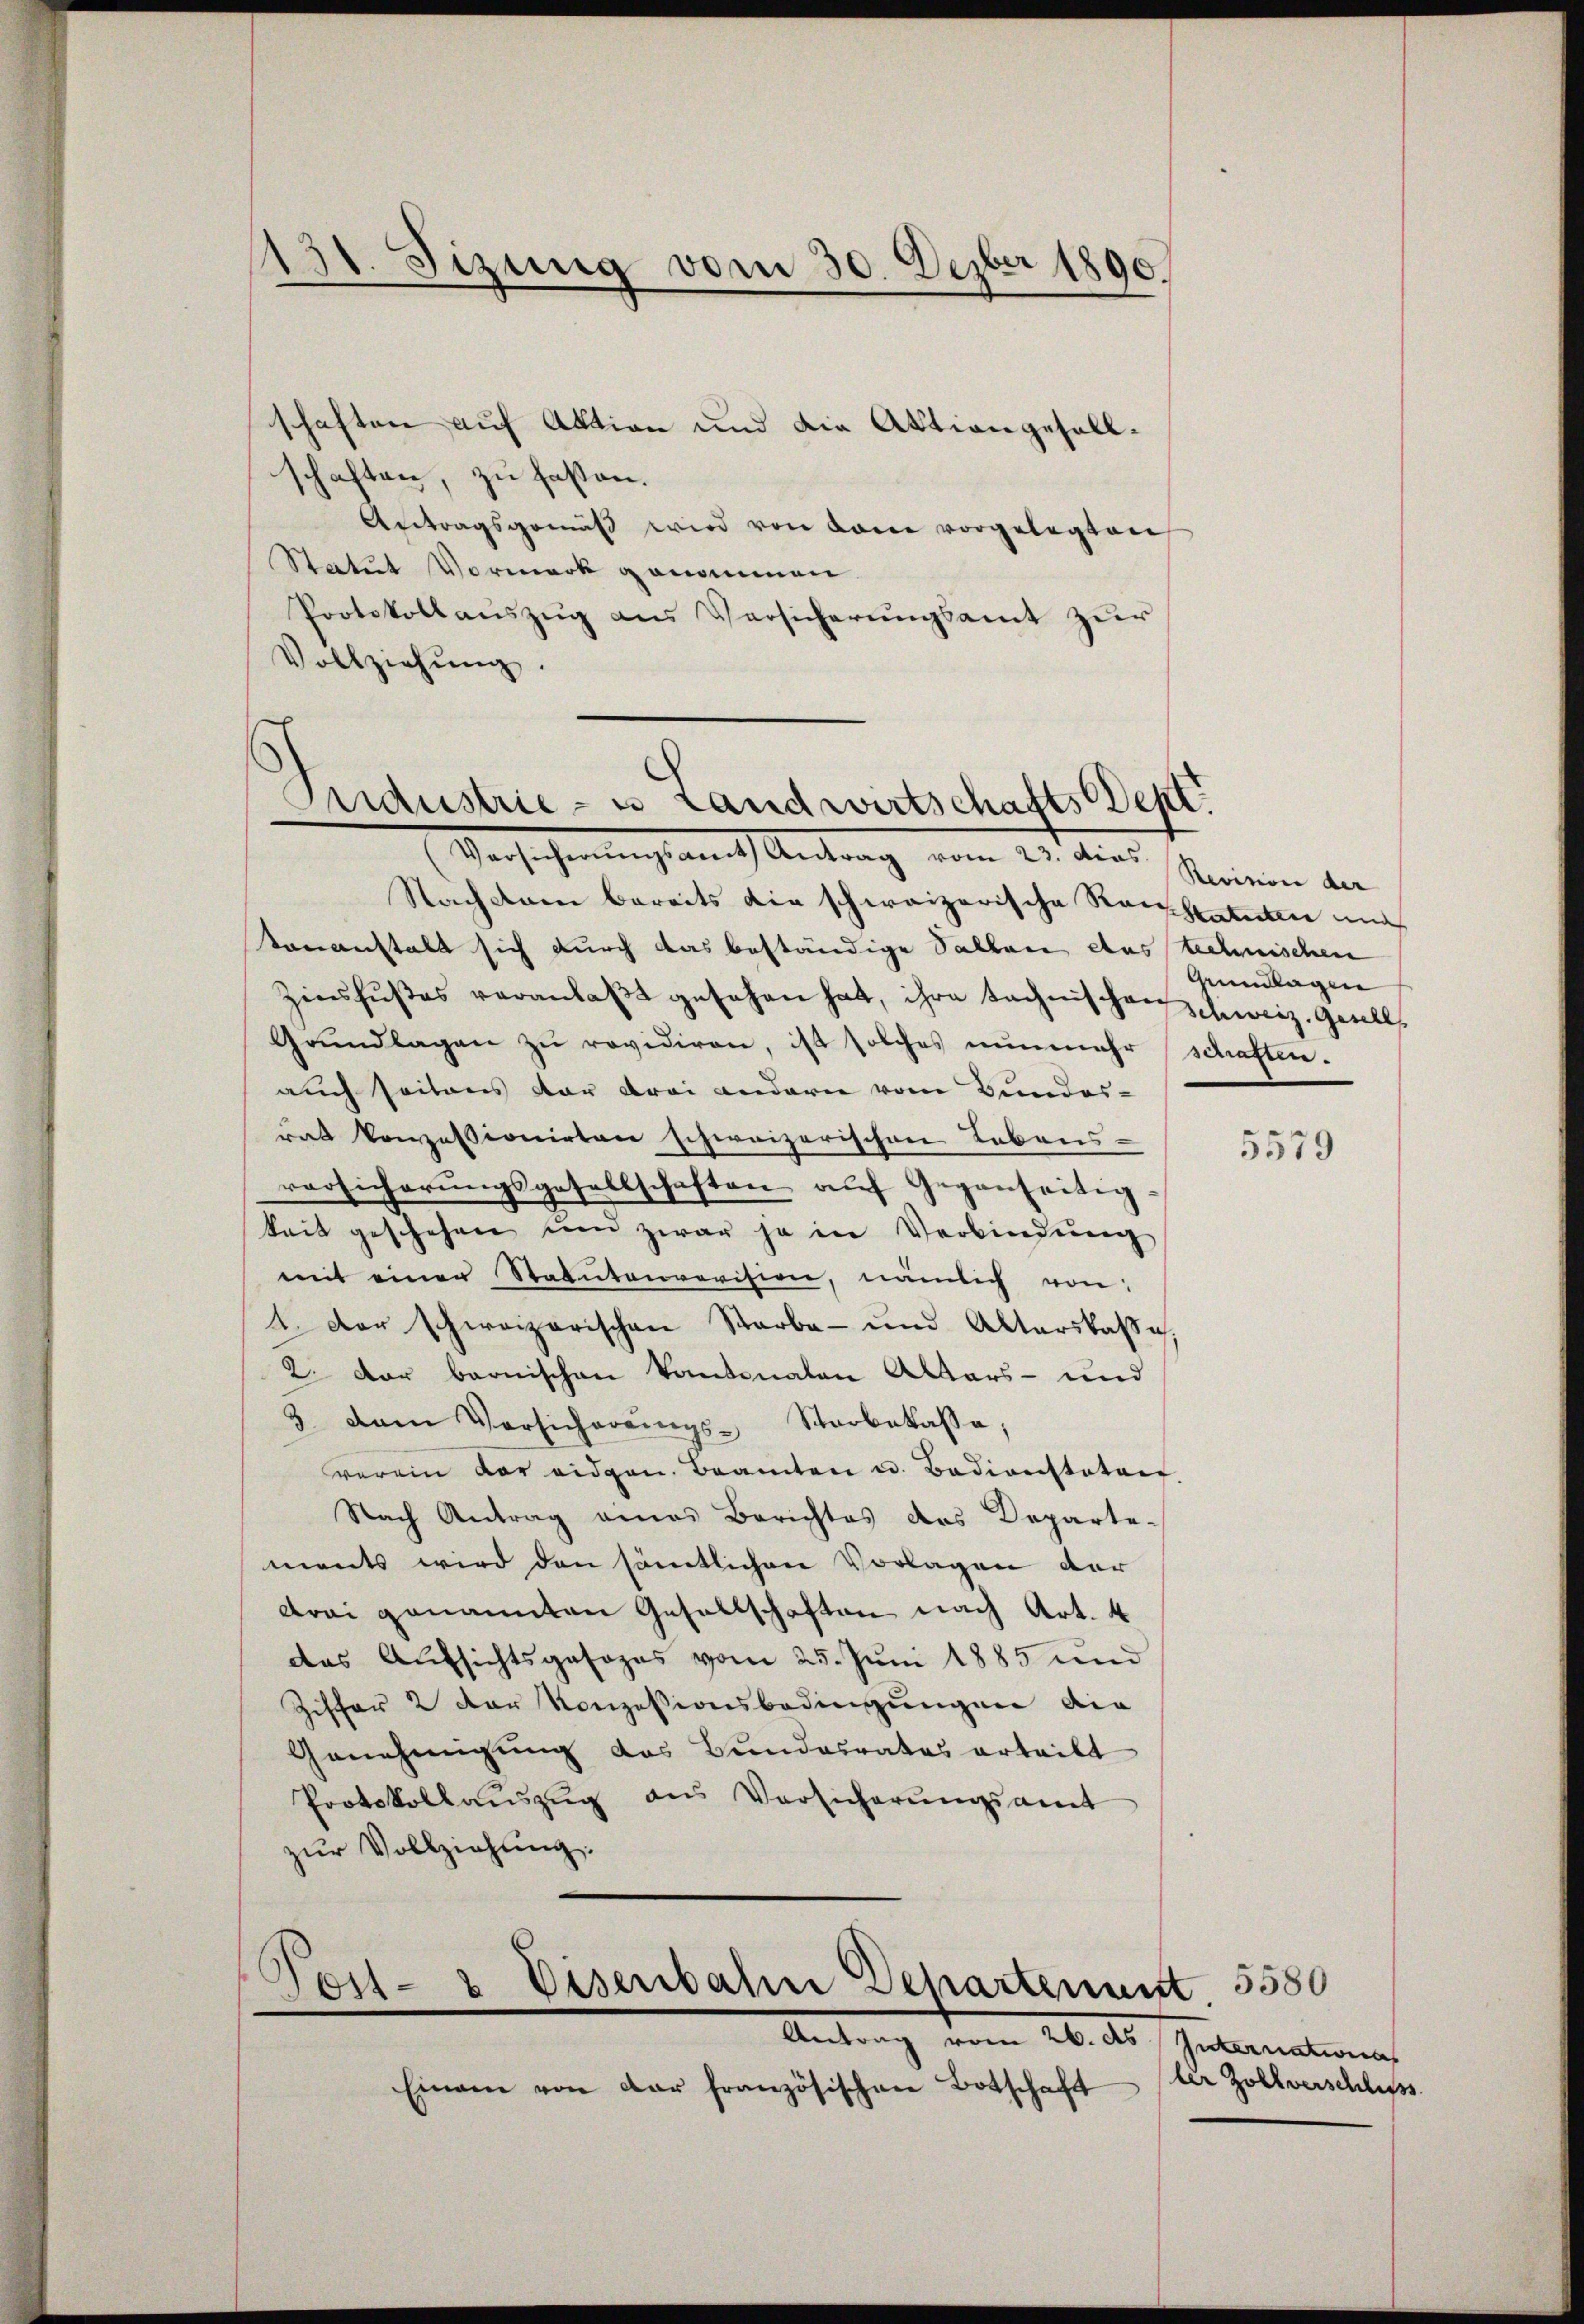
d
Tizung vom 30. Deper 1890.

schaften auf Aktion und die Aktion gesellschaften, zu fassen.
Antragsgemäβ wird von dann vorgelegten
Statut Vormerk genommen
Protokollauszug aus Versicherungsamt zur
Vollziehŭng.

Puidustrie- u Landwirtschafts Sept.

Versichenlachten Antrag vom 25. dies Meinen der
Nachdenen bereits die schweizerische Reisstatuten und
tananstalt sich durch das beständige Sallen aus technischen
Zinsfŭβes veranlaβt gesehen hat, ihre technischenschweiz. Gesell
Grundlagen zu revidiren, ist solches nunmehr schaftenauch seitens der drei andern vom Bundes-
rat konzessionirten schweizerischen Lebens-
versicherungsgesellschaften auf Gegenseitigkeit geschehen und zwar ja in Verbindŭng
mit einen Statutarrevision, nämlich von
4. Der schweizerischen Starba- und Alterskasse,
2. Der bernischen Kantonalen Altars- und
3. dem Versicherŭngs-Staobakasse;
verein der eidgen. Beamten u. Badionstator
Nach Antrag eines Berichtes des Departements wird den sämtlichen Vorlagen der
drei genannten Gesellschaften nach Art. 4
das Aufsichtsgesages vom 25. Juni 1885 und
Ziffer 2 der Konzessionsbedingungen die
Genehmigung das Bundesrates erteilt
Protokollaŭszŭg ans Versicherŭngsamt
zŭr Vollziehung.
Post- & Eisenbahne Departement

Antrag vom 26. ds. Internation

Einam von der französischen Botschaft

Grundlagen

5579

5580
ler Zollverschluss